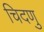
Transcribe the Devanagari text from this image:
चिदणु